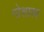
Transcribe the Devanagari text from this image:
गोशास्त्र